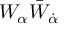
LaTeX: W _ { \alpha } \bar { W } _ { \dot { \alpha } }